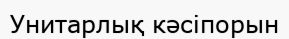
Унитарлық кәсіпорын